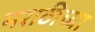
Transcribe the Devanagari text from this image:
मराठीच्‍या